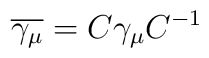
\overline{\gamma_{\mu}}=C\gamma_{\mu}C^{-1}